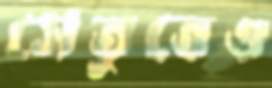
সেতুতেও